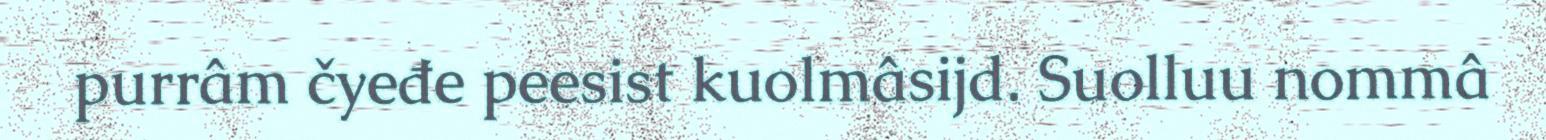
purrâm čyeđe peesist kuolmâsijd. Suolluu nommâ